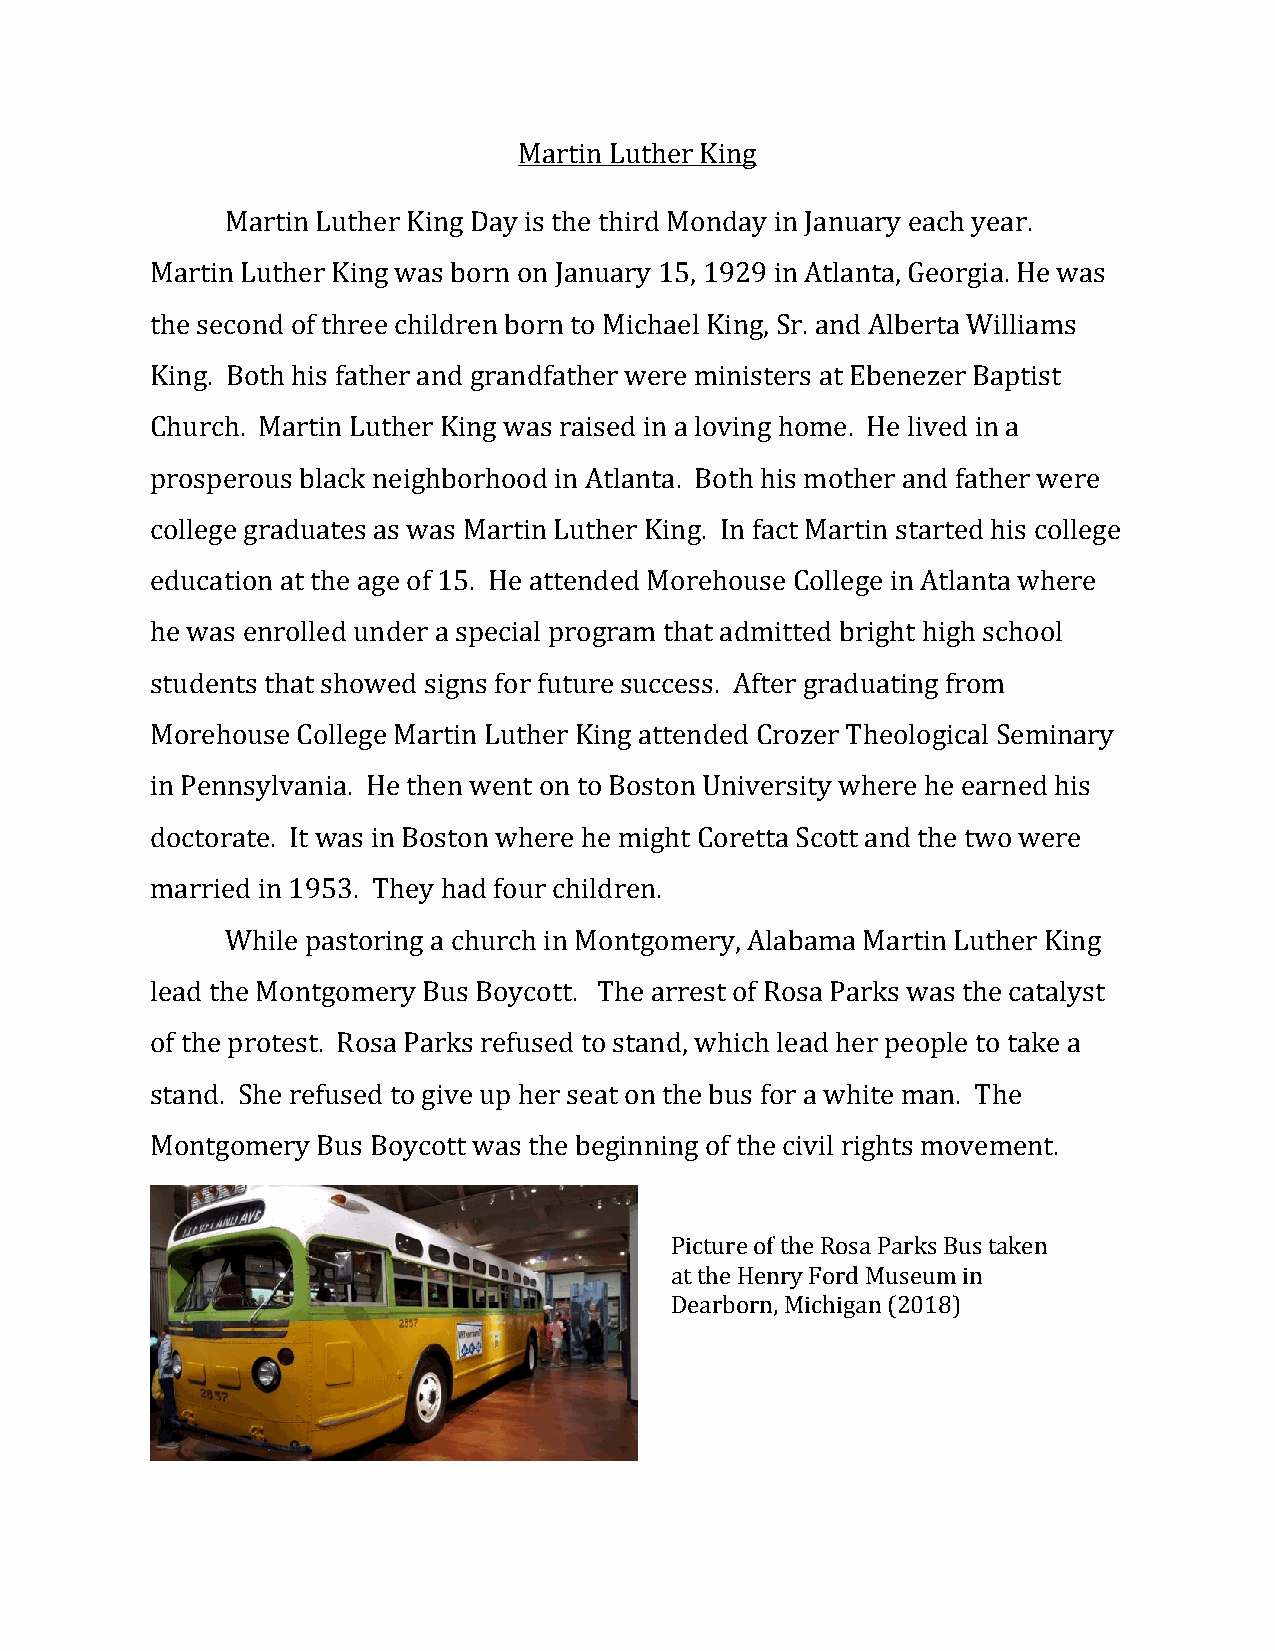
Martin Luther King
 Martin Luther King Day is the third Monday in January each year.
 Martin Luther King was born on January 15, 1929 in Atlanta, Georgia. He was
 the second of three children born to Michael King, Sr. and Alberta Williams
 King. Both his father and grandfather were ministers at Ebenezer Baptist
 Church. Martin Luther King was raised in a loving home. He lived in a
 prosperous black neighborhood in Atlanta. Both his mother and father were
 college graduates as was Martin Luther King. In fact Martin started his college
 education at the age of 15. He attended Morehouse College in Atlanta where
 he was enrolled under a special program that admitted bright high school
 students that showed signs for future success. After graduating from
 Morehouse College Martin Luther King attended Crozer Theological Seminary
 in Pennsylvania. He then went on to Boston University where he earned his
 doctorate. It was in Boston where he might Coretta Scott and the two were
 married in 1953. They had four children.
 While pastoring a church in Montgomery, Alabama Martin Luther King
 lead the Montgomery Bus Boycott. The arrest of Rosa Parks was the catalyst
 of the protest. Rosa Parks refused to stand, which lead her people to take a
 stand. She refused to give up her seat on the bus for a white man. The
 Montgomery Bus Boycott was the beginning of the civil rights movement.
 Picture of the Rosa Parks Bus taken
 at the Henry Ford Museum in
 Dearborn, Michigan (2018)